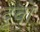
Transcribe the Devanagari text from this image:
दृवो